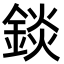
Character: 錟